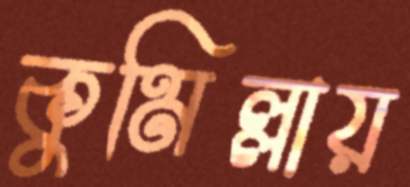
কুমিল্লায়